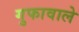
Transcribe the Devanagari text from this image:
गुफावाले